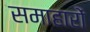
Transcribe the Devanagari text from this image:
समाहारों